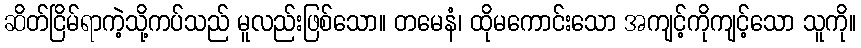
ဆိတ်ငြိမ်ရာကဲ့သို့ကပ်သည် မူလည်းဖြစ်သော။ တမေနံ၊ ထိုမကောင်းသော အကျင့်ကိုကျင့်သော သူကို။